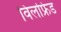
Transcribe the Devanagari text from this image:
विलफ्रिड